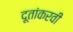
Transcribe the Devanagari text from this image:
दूतांकरवी